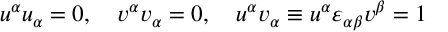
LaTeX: u ^ { \alpha } u _ { \alpha } = 0 , \quad v ^ { \alpha } v _ { \alpha } = 0 , \quad u ^ { \alpha } v _ { \alpha } \equiv u ^ { \alpha } \varepsilon _ { \alpha \beta } v ^ { \beta } = 1